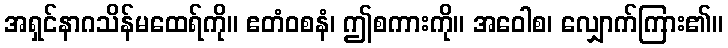
အရှင်နာဂသိန်မထေရ်ကို။ ဧတံဝစနံ၊ ဤစကားကို။ အဝေါစ၊ လျှောက်ကြား၏။